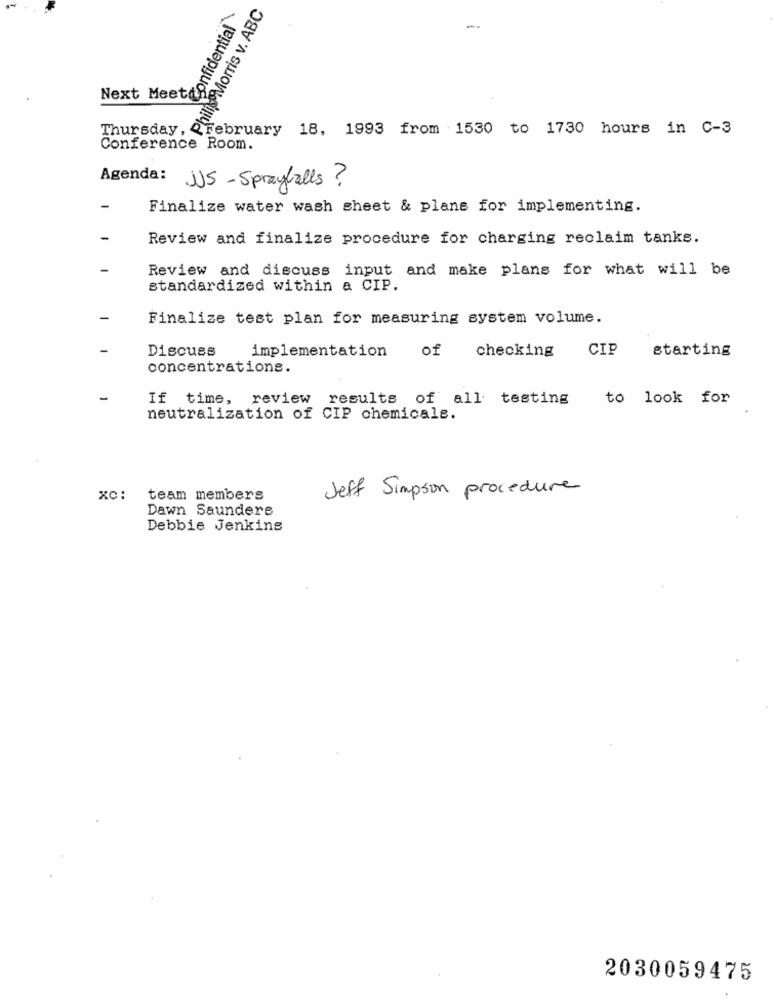
Philip Morris v. ABC
Confidential
--
Next Meetdh
Thursday, Q February 18, 1993 from 1530 to 1730 hours in C-3
Conference Room.
Agenda:
JUS - Sprayfalls ?
Finalize water wash sheet & plans for implementing.
Review and finalize procedure for charging reclaim tanke.
Review and discuss input and make plans for what will be
standardized within a CIP.
Finalize test plan for measuring system volume.
Discuss
implementation
of
checking
CIP
starting
concentrations.
If time, review results of all testing
to look for
neutralization of CIP chemicals.
Jeff Simpson procedure
x0:
team members
Dawn Saunders
Debbie Jenkins
2030059475